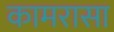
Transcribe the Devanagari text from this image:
कामरासा